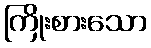
ကြိုးစားသော